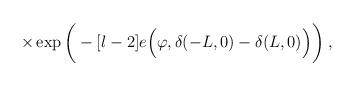
LaTeX: \begin{align*}\times\exp \bigg(- [l-2] e \Big( \varphi , \delta(-L,0) - \delta(L,0) \Big)\bigg) \; ,\end{align*}